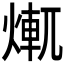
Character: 𤍆